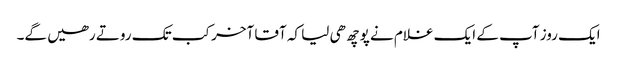
ایک روز آپ کے ایک غلام نے پوچھ ھی لیا کہ آقا آخر کب تک روتے رھیں گے۔